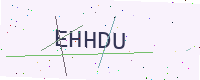
Text: EHHDU